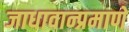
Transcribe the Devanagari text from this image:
जाधावान्प्रमाणे